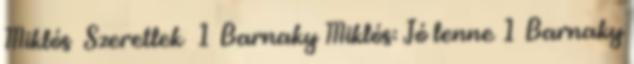
Miklós Szeretlek 1 Barnaky Miklós: Jó lenne 1 Barnaky